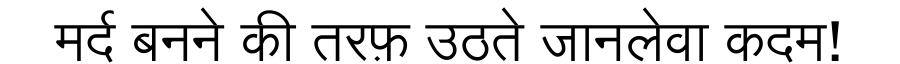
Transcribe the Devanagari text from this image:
मर्द बनने की तरफ़ उठते जानलेवा कदम!